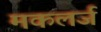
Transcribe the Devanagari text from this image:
मकलर्ज